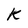
Character: K